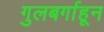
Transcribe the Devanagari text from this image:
गुलबर्गाहून